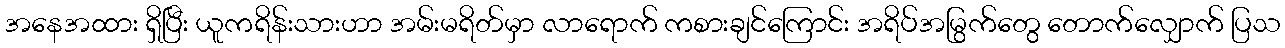
အနေအထား ရှိပြီး ယူကရိန်းသားဟာ အမ်းမရိတ်မှာ လာရောက် ကစားချင်ကြောင်း အရိပ်အမြွက်တွေ တောက်လျှောက် ပြသ